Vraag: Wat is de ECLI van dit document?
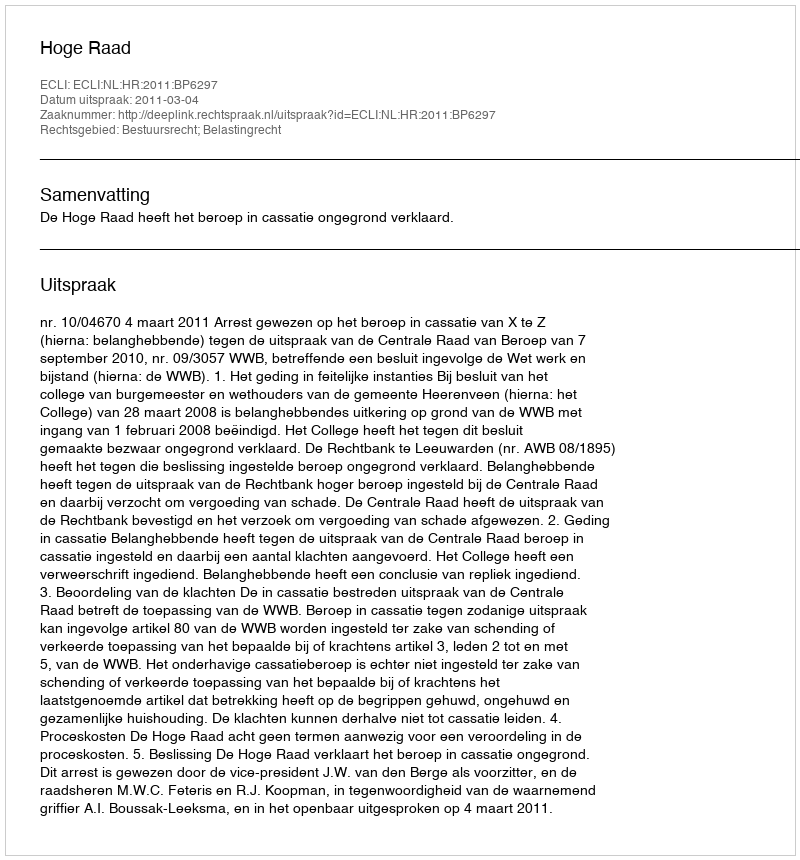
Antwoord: ECLI:NL:HR:2011:BP6297